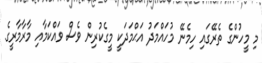
މި މީހުންގެ ތެރޭގައި ހިމެނޭ މުހައްމަދު އަޙްމަދަކީ މީގެކުރިން ވެސް ވައްކަމާއި މާރާމާރީގެ